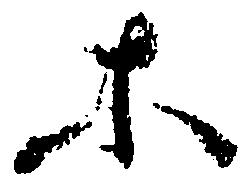
等